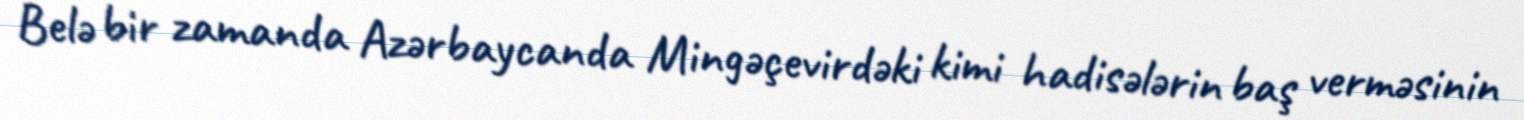
Belə bir zamanda Azərbaycanda Mingəçevirdəki kimi hadisələrin baş verməsinin